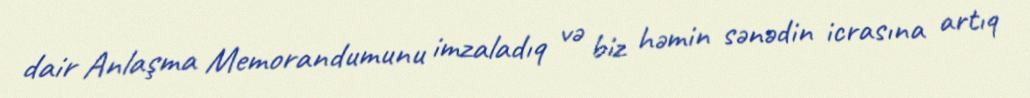
dair Anlaşma Memorandumunu imzaladıq və biz həmin sənədin icrasına artıq